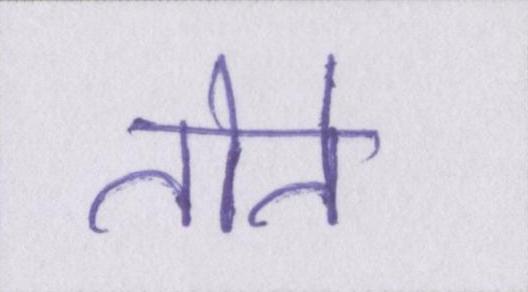
तोते